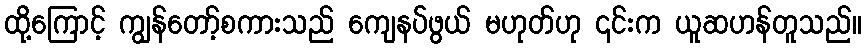
ထို့ကြောင့် ကျွန်တော့်စကားသည် ကျေနပ်ဖွယ် မဟုတ်ဟု ၎င်းက ယူဆဟန်တူသည်။